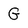
Character: G